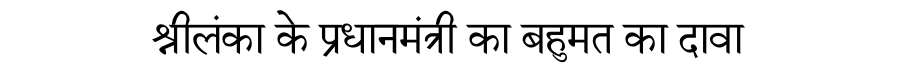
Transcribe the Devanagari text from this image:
श्रीलंका के प्रधानमंत्री का बहुमत का दावा